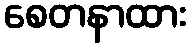
စေတနာထား